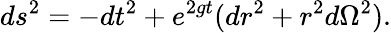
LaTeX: ds^{2}=-dt^{2}+e^{2gt}(dr^{2}+r^{2}d\Omega^{2}).